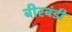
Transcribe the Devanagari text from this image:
बीरबंडी